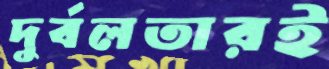
দুর্বলতারই